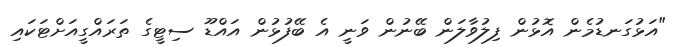
"އަޅުގަނޑުމެން އޮޅުން ފިލުވާލަން ބޭނުން ވަނީ އެ ބޭފުޅުން އައްޑޫ ސިޓީގެ ތަރައްގީއަށްޓަކައި